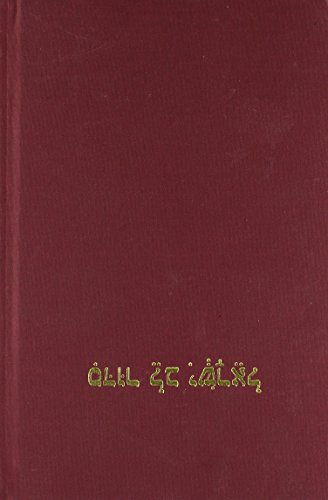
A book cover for Siddur Lev Yisrael; Cheryl Magen; Teen & Young Adult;